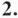
2.